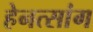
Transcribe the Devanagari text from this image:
हेनत्सांग